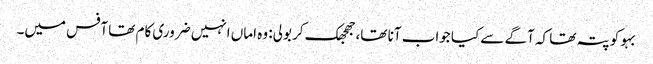
بہو کو پتہ تھا کہ آگے سے کیا جواب آنا تھا، جھجھک کر بولی: وہ اماں انہیں ضروری کام تھا آفس میں۔